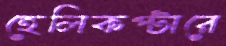
হেলিকপ্টারে